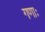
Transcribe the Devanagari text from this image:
गणाः